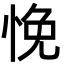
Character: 悗